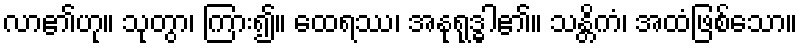
လာ၏ဟု။ သုတွာ၊ ကြား၍။ ထေရဿ၊ အနုရုဒ္ဓါ၏။ သန္တိကံ၊ အထံဖြစ်သော။